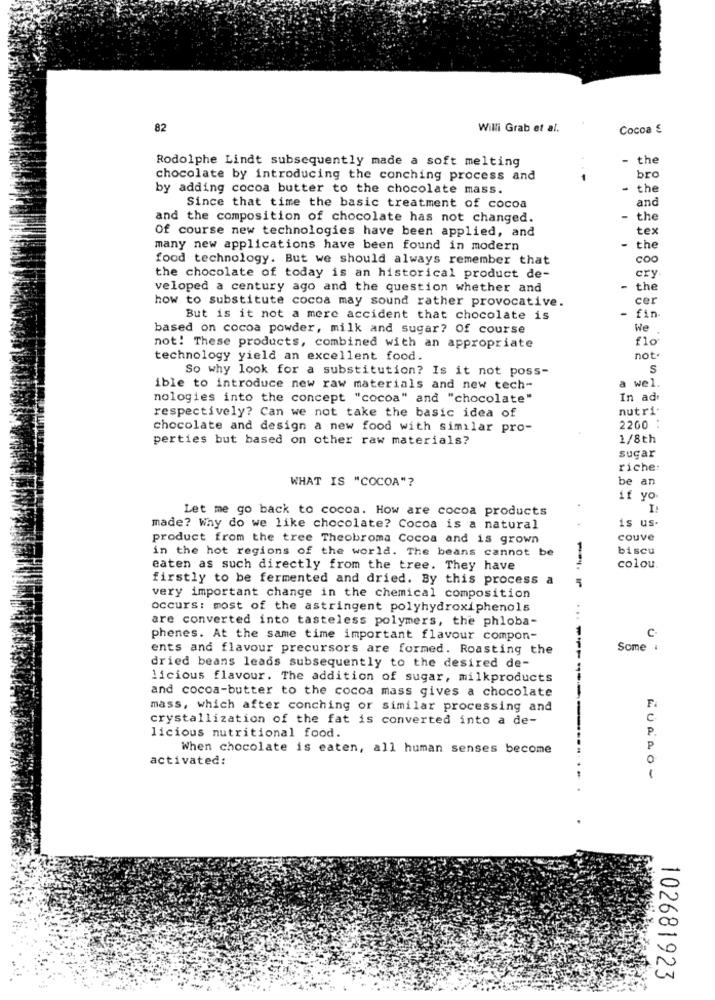
82
Willi Grab et al.
Cocoa €
Rodolphe Lindt subsequently made a soft melting
the
chocolate by introducing the conching process and
bro
by adding cocoa butter to the chocolate mass.
- the
and
Since that time the basic treatment of cocoa
and the composition of chocolate has not changed.
the
Of course new technologies have been applied, and
tex
many new applications have been found in modern
the
food technology. But we should always remember that
coo
the chocolate of today is an historical product de-
cry
veloped a century ago and the question whether and
the
how to substitute cocoa may sound rather provocative.
cer
But is it not a mere accident that chocolate is
- fin.
based on cocoa powder, milk and sugar? Of course
We
not! These products, combined with an appropriate
technology yield an excellent food.
not
So why look for a substitution? Is it not poss-
S
ible to introduce new raw materials and new tech-
a wel.
nologies into the concept "cocoa" and "chocolate"
In ade
respectively? Can we not take the basic idea of
nutri:
chocolate and design a new food with similar pro-
2200 :
perties but based on other raw materials?
1/8th
sugar
riche:
WHAT IS "COCOA"?
be an
if yo.
Let me go back to cocoa. How are cocoa products
is us-
made? Why do we like chocolate? Cocoa is a natural
product from the tree Theobroma Cocoa and is grown
couve
in the hot regions of the world. The beans cannot be
biscu
eaten as such directly from the tree. They have
colou.
firstly to be fermented and dried. By this process a
very important change in the chemical composition
occurs: most of the astringent polyhydroxiphenols
..
are converted into tasteless polymers, the phloba-
C
phenes. At the same time important flavour compon-
ents and flavour precursors are formed. Roasting the
Some :
dried beans leads subsequently to the desired de-
licious flavour. The addition of sugar, milkproducts
and cocoa-butter to the cocoa mass gives a chocolate
mass, which after conching or similar processing and
F
crystallization of the fat is converted into a de-
c
P.
licious nutritional food.
When chocolate is eaten, all human senses become
P
activated:
0
1
102681923